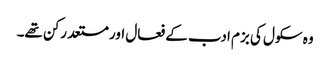
وہ سکول کی بزم ادب کے فعال اور مستعد رکن تھے۔